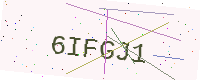
Text: 6IFGJ1